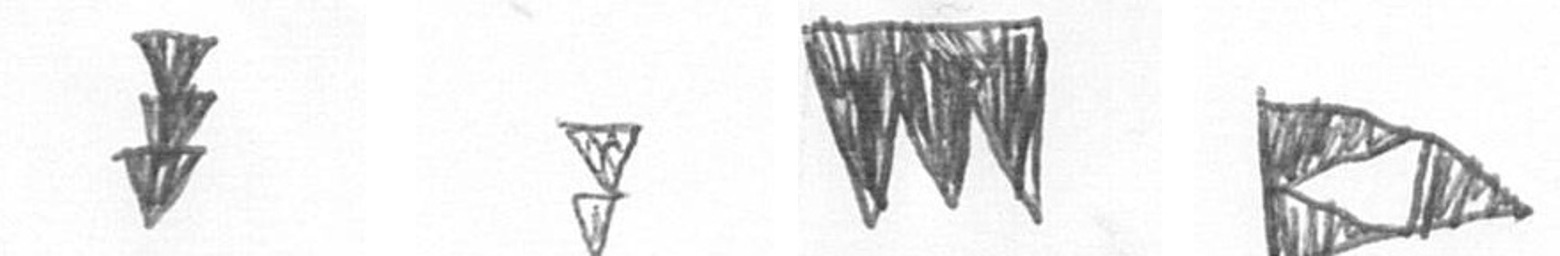
E Z L K